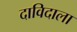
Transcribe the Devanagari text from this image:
दाविदाला